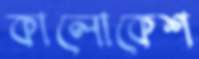
কালোকেশ